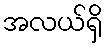
အလယ်ရှိ